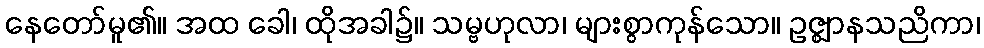
နေတော်မူ၏။ အထ ခေါ၊ ထိုအခါ၌။ သမ္ဗဟုလာ၊ များစွာကုန်သော။ ဥဇ္ဈာနသညိကာ၊